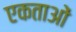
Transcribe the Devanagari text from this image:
एकताओं